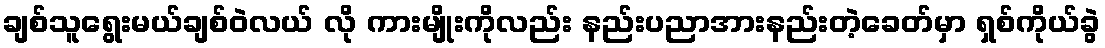
ချစ်သူရွေးမယ်ချစ်ဝဲလယ် လို ကားမျိုးကိုလည်း နည်းပညာအားနည်းတဲ့ခေတ်မှာ ရှစ်ကိုယ်ခွဲ